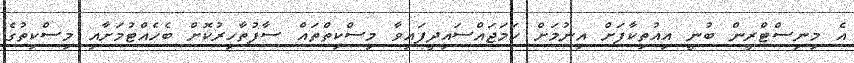
އެ މިނިސްޓްރީން ބުނީ އިއުތިކާފަށް އިނުމަށް ހަމަޖައްސައިދީފައިވާ މިސްކިތްތައް ސާފުތާހިރުކޮށް ބެހެއްޓުމަށާއި މިސްކިތުގެ